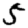
Digit: 5